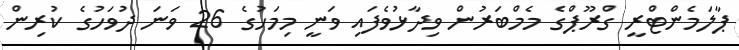
ޕާލަމެންޓްރީ ގްރޫޕްގެ މެމްބަރުން ވިދާޅުވެފައި ވަނީ މިމަހުގެ 26 ވަނަ ދުވަހުގެ ކުރިން